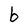
Character: b